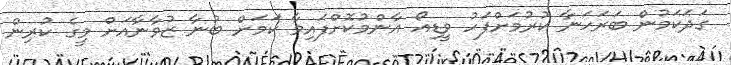
ގަދަކަމުން ބަރަހަނާ ކުރުމަށްފަހު ވީޑިއޯ އާންމުކޮށްފައިވާ ކަމަށް ބުނާ ޒުވާނާއަށް މީގެ ކުރިން